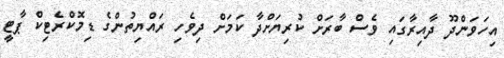
އިހަވަންދޫ ދާއިރާގައި ވެސް ބާރަށް ކުރިޔަށްދާ ކަމަށް ދިވެހި ރައްޔިތުންގެ ޑިމޮކްރެޓިކް ޕާޓީ